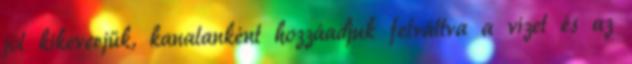
jól kikeverjük, kanalanként hozzáadjuk felváltva a vizet és az